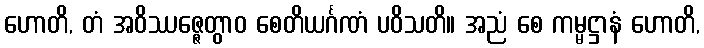
ဟောတိ, တံ အဝိဿဇ္ဇေတွာဝ စေတိယင်္ဂဏံ ပဝိသတိ။ အညံ စေ ကမ္မဋ္ဌာနံ ဟောတိ,